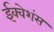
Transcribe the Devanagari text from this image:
ईक्वेशंस